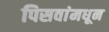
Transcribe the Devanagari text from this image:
पिसवांमधून